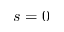
s = 0